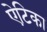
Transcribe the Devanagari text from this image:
ऐटिका